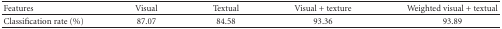
<table><thead><tr><td><b> Features</b></td><td><b> Visual</b></td><td><b> Textual</b></td><td><b> Visual + texture</b></td><td><b> Weighted visual + textual</b></td></tr></thead><tbody><tr><td> Classification rate (%)</td><td>87.07</td><td>84.58</td><td>93.36</td><td>93.89</td></tr></tbody></table>